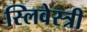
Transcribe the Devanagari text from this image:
स्लिवेस्त्री